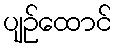
ပျဉ်ထောင်